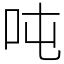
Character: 吨